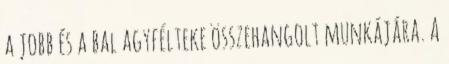
a jobb és a bal agyfélteke összehangolt munkájára. A